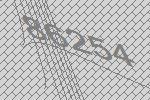
86254